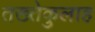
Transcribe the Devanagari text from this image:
तख्तेकुलाह